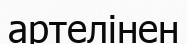
артелінен